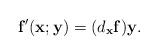
LaTeX: \begin{align*}\mathbf f^\mathsf{\prime}(\mathbf x;\mathbf y)=(d_{\mathbf x}\mathbf f) \mathbf y.\end{align*}